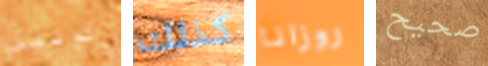
كولين كذلك روزانا صحيح